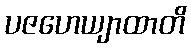
ပဇဟေယျာထာတိ